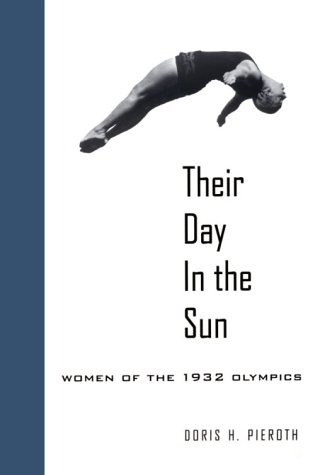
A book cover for Their Day in the Sun: Women of the 1932 Olympics (Samuel and Althea Stroum Books); Doris Pieroth; Sports & Outdoors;